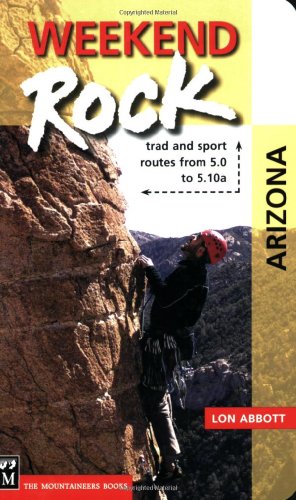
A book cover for Weekend Rock: Arizona: Trad and Sport Routes from 5.0 to 5.10a; Lon Abbott; Sports & Outdoors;